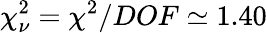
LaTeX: \chi_{\nu}^{2}=\chi^{2}/DOF\simeq 1.40